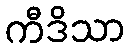
ကီဒိသာ